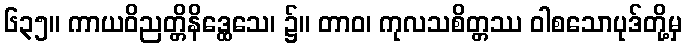
၆၃၅။ ကာယဝိညတ္တိနိဒ္ထေသေ၊ ၌။ တာဝ၊ ကုလသစိတ္တဿ ဝါစသောပုဒ်တို့မှ